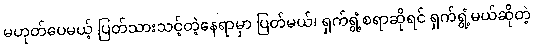
မဟုတ်ပေမယ့် ပြတ်သားသင့်တဲ့နေရာမှာ ပြတ်မယ်၊ ရှက်ရွံ့စရာဆိုရင် ရှက်ရွံ့မယ်ဆိုတဲ့